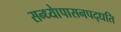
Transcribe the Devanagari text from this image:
सन्ध्याेपासनपद्धति